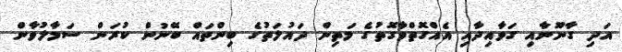
އަދި ގާނޫނާއި ގަވާއިދާއި އެއްގޮތްވާގޮތުގެ މަތިން ދައުލަތުގެ ބިންތައް ބޭނުން ކުރަން ސަމާލުވާން